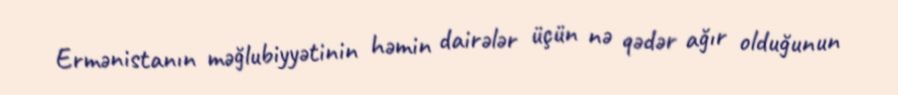
Ermənistanın məğlubiyyətinin həmin dairələr üçün nə qədər ağır olduğunun